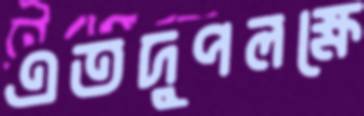
এতদুপলক্ষে